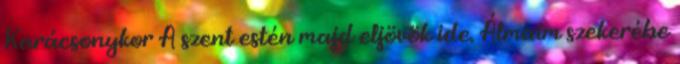
Karácsonykor A szent estén majd eljövök ide. Álmaim szekerébe